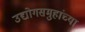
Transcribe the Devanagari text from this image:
उद्योगसमुहांच्या